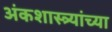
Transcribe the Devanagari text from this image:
अंकशास्त्र्यांच्या